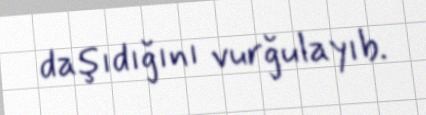
daşıdığını vurğulayıb.